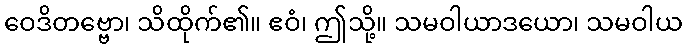
ဝေဒိတဗ္ဗော၊ သိထိုက်၏။ ဧဝံ၊ ဤသို့။ သမဝါယာဒယော၊ သမဝါယ